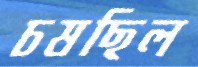
চষছিল